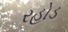
રહોડ